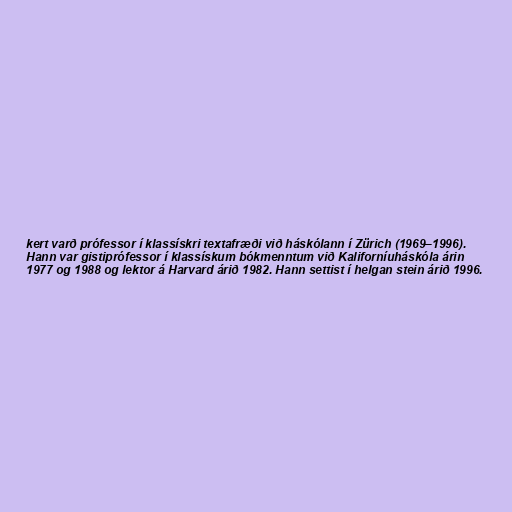
kert varð prófessor í klassískri textafræði við háskólann í Zürich (1969–1996).
Hann var gistiprófessor í klassískum bókmenntum við Kaliforníuháskóla árin
1977 og 1988 og lektor á Harvard árið 1982. Hann settist í helgan stein árið 1996.